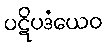
ပဋိပဒံယေဝ